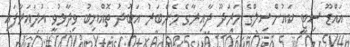
އައްޑޫ ސިޓީ ކައުންސިލްގެ މަރަދޫ ދާއިރާގެ މެންބަރު އަބުދު ތޮއްޔިބު ވިދާޅުވީ އުދައަރާފައި